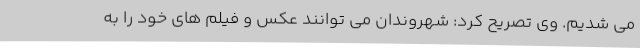
می شدیم. وی تصریح کرد: شهروندان می توانند عکس و فیلم های خود را به